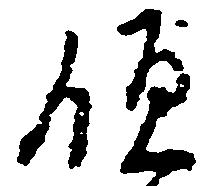
領